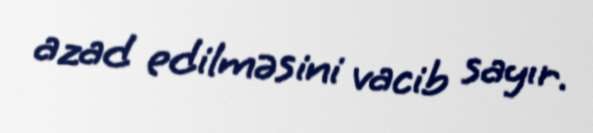
azad edilməsini vacib sayır.